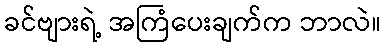
ခင်ဗျားရဲ့ အကြံပေးချက်က ဘာလဲ။